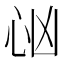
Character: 𢗮